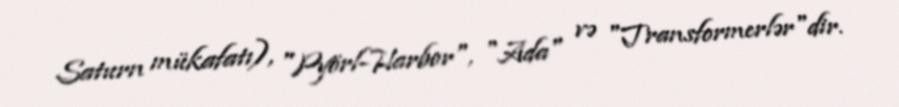
Saturn mükafatı), "Pyörl-Harbor", "Ada" və "Transformerlər"dir.